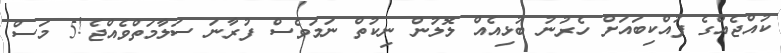
ކުއްޖެއްގެ ފުއްކިބައަށް ހެރުނު ބުޅިއެއް ލޮލުން ނިކުތް ނަމަވެސް ފުރާނަ ސަލާމަތްވެއްޖެ!5 މަސް